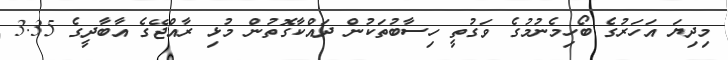
މިދިޔަ އަހަރުގެ ބޯހިމެނުމުގެ ވަގުތީ ހިސާބުތަކުން ދައްކާގޮތުން މުޅި ރާއްޖޭގެ އާބާދީގެ 3.35